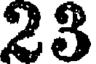
23